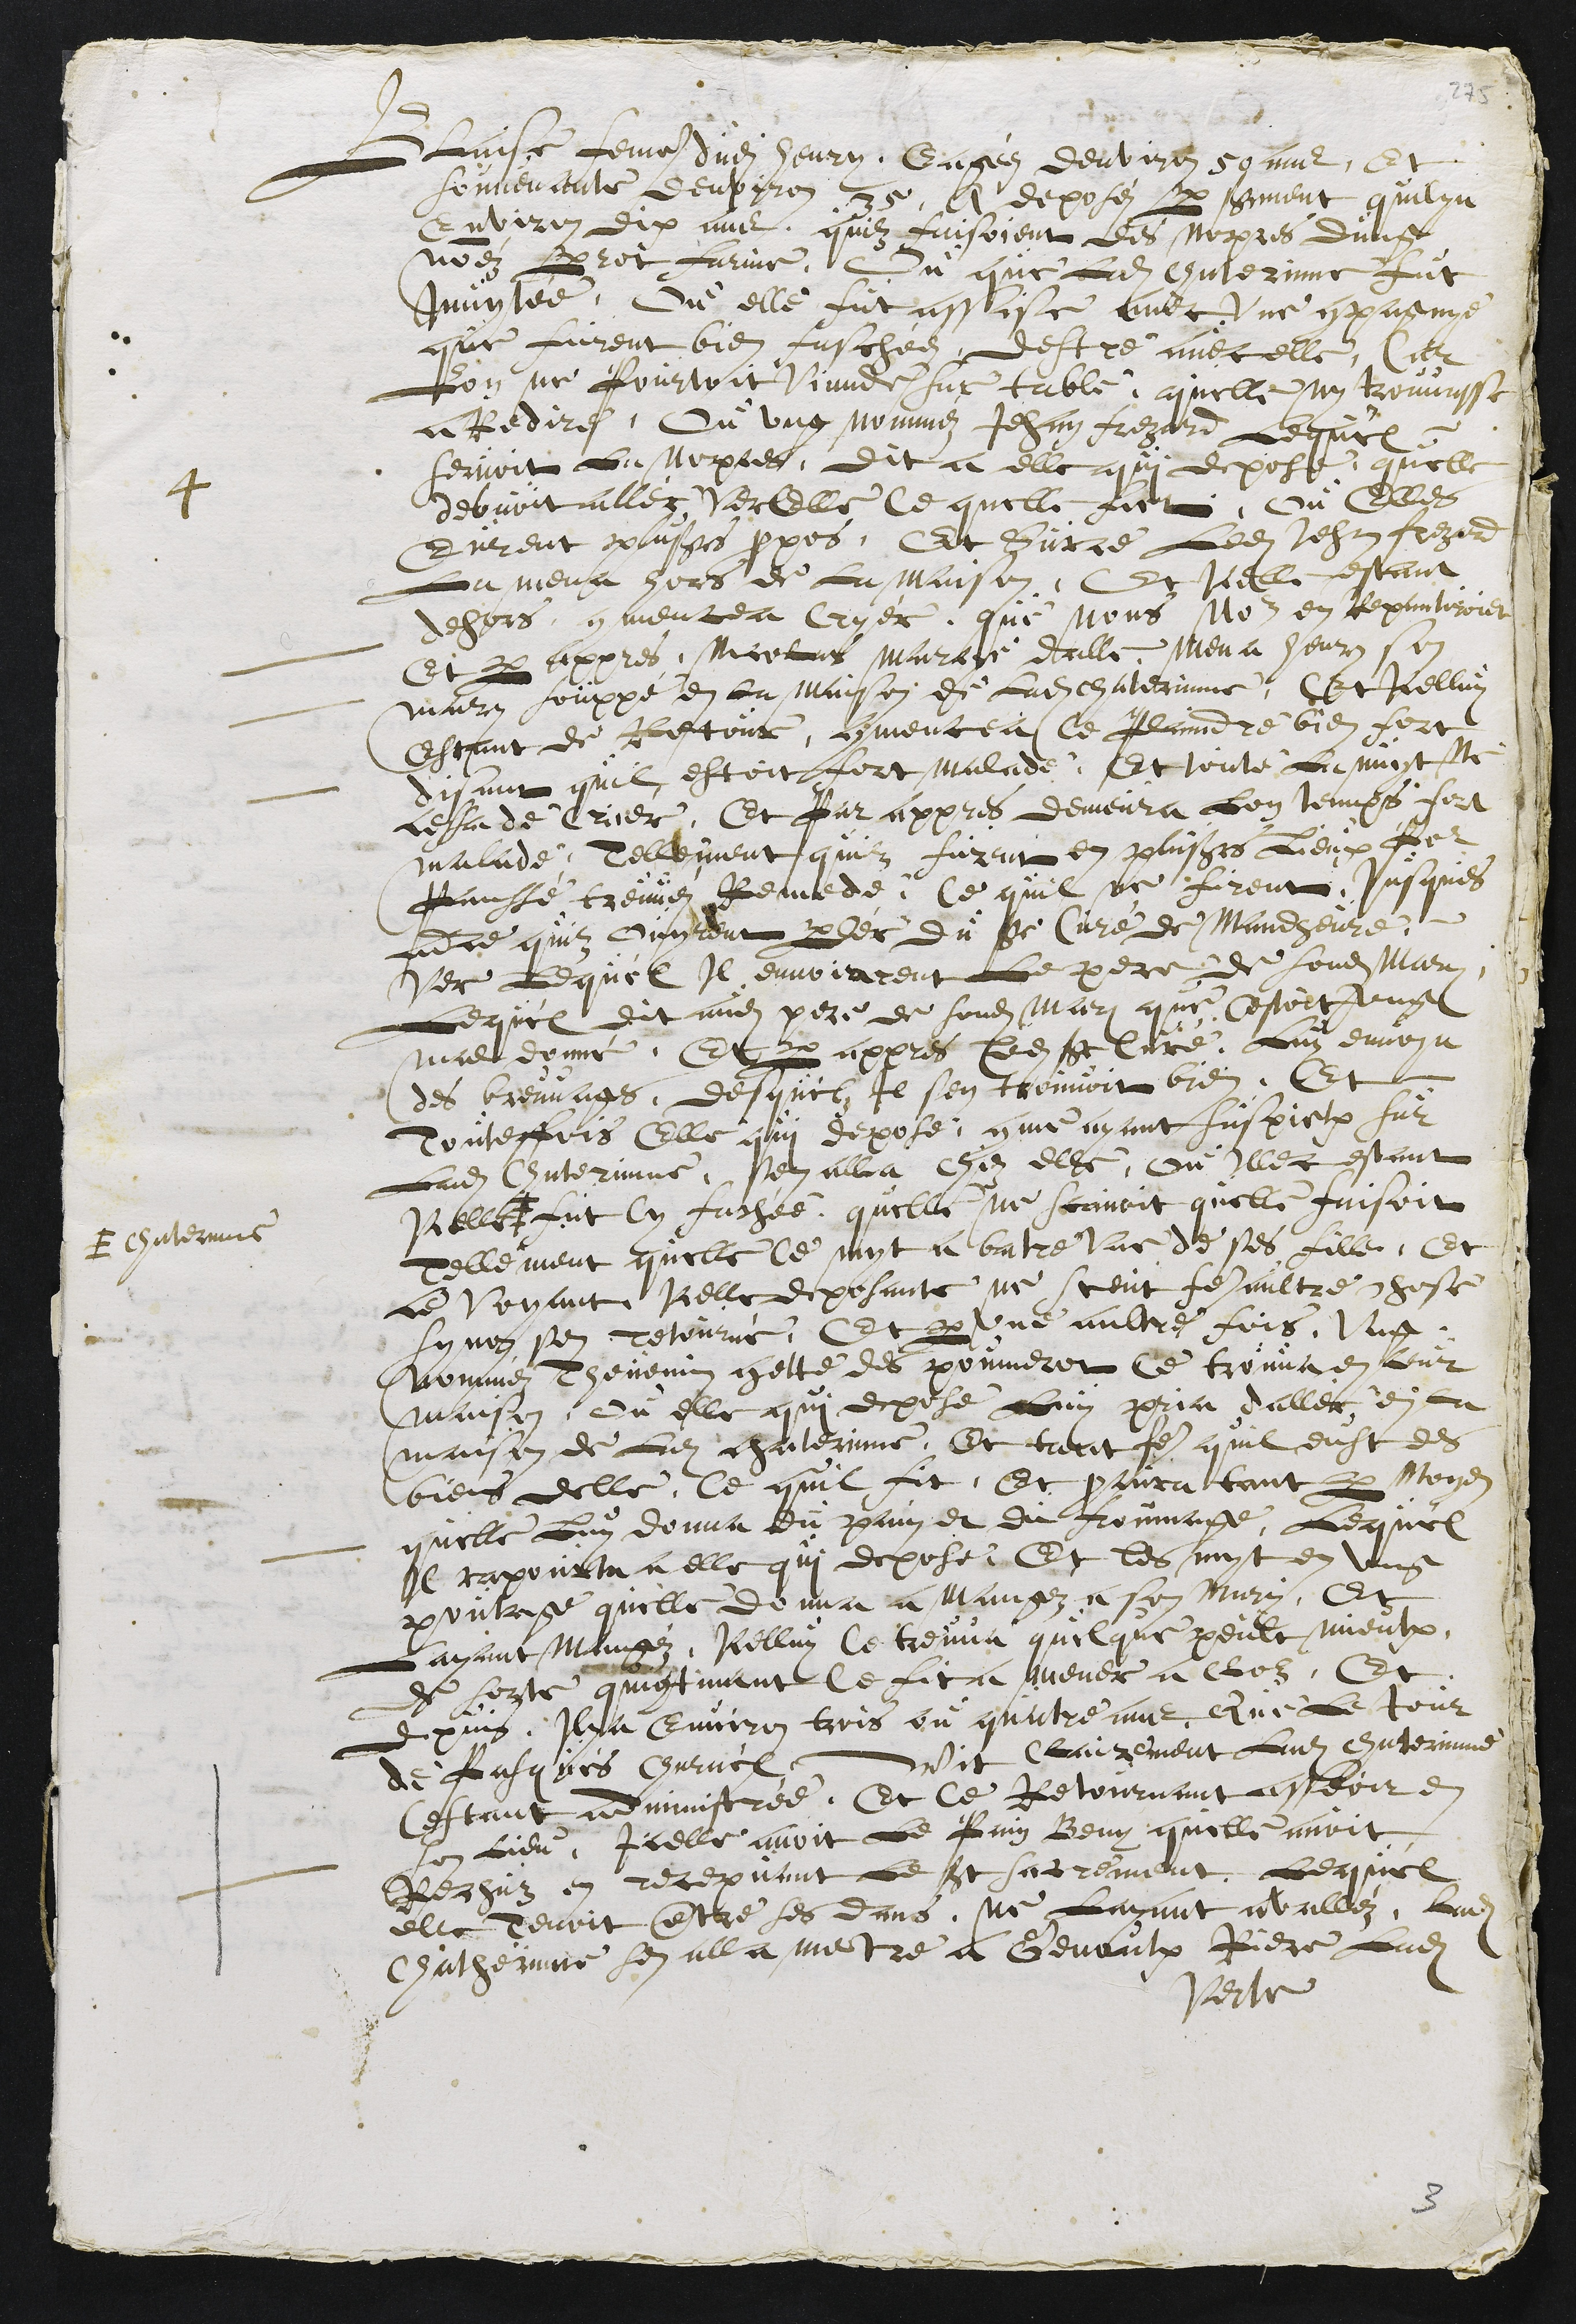
4
Blaise femme dudit henry Eagéz denviron 50 ans, Et
souvenante denviron 35, a deposés par serment quil y a
Environ dix ans quilz faisoient des nopces dung
nomméz Perrot farine, Ou que ladite Chaterinne fut
Invytée, Ou elle fut assise avec une compagnye
que furent bien faschees destre avec elle, Car
lon ne pourtoit viande sur table, quelle ny trouvasse
a Redire, Ou ung nomméz Jehan frezard, Lequel
servoit La nopces, dit a elle qui depose, quelle
debvoit aller ver Elle ce quelle fict, ou Elles
Eurent plusieurs propos. Et sur ce Ledit Jehan frezard
La mena hors de La maison. Et icelle estant
dehors, commencea a Cryér, que nous nous en repantiroiet
Et par appres Nicolas marrye delle mena henry son
mary souppé en La maison de Ladite Chaterinne, Et icelluy
Estant de Retour, commencea ce Plaindre bien fort
disant quil estoit fort malade. Et toute La nuit ne
cessa de Crier, Et Par appres demeura Lon temps fort
malade, Tellement quilz furent en plusieurs lieux pour
panssé treuvés Remede. Ce quil ne firent jusques
ad ce quilz Ouyrent parler du Sieur Curé de Mandheure,
ver Lequel Il envoiarent Le pere de sondit mary,
Lequel dit audit pere de sondit mari que cestoit ung
mal donné. Et par appres ledit Sieur Curé Luy envoya
des breuvages, desquelz Il sen trouvoit bien. Et
Touteffois Elle qui depose comme ayant suspiction sur
Ladite Chaterinne, sen alla chéz elle, Ou Illec estant
Icelle +
+ Chaterinne
fut Cy faschée quelle ne scavoit quelle faisoit
Tellement quelle Ce myt a batre Une de ses fille, Et
Le Voyant Icelle deposante ne sceut faire aultre chose
synon sen retourné. Et par une aultre fois, Ung
nomméz Thevenin gette des poumerot Ce trouva en leur
maison, Ou elle qui depose luy pria daller en la
maison de Ladite chaterinne, Et tant faire quil eust des
biens delle, Ce quil fit, Et procura tant par moyen
quelle Luy donna du pain et du froumage, Lequel
Il rapourta a elle qui depose, Et les myt en ung
poutage quelle donna a mangez a son mary, Et
Layant mangéz, Icelluy Ce treuva quelque peult mieulx,
de sorte quicontinant Ce fit a mener a cloz, Et
depuis, Il y a Environ trois ou quatre ans Que le Jour
de Pasques Charnel, vit Clairement Ladite Chaterinne
Cestant administrée, Et ce retournant asseoir en
son lieu, Icelle avoit le pain Beny quelle avoit
Rechuz en recepvant Le st sacrement. Lequel
elle tenoit entre ses dans. Ne layant avalléz, Ladite
Chatherinne sen alla mectre a Genoulx Riere Ladite
Verte